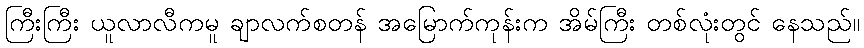
ကြီးကြီး ယူလာလီကမူ ချာလက်စတန် အမြောက်ကုန်းက အိမ်ကြီး တစ်လုံးတွင် နေသည်။